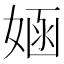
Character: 𫱂